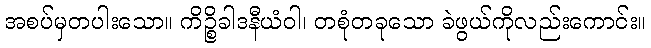
အစပ်မှတပါးသော။ ကိဉ္စိခါဒနီယံဝါ၊ တစုံတခုသော ခဲဖွယ်ကိုလည်းကောင်း။